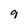
Character: 9